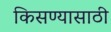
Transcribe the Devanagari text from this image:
किसण्यासाठी